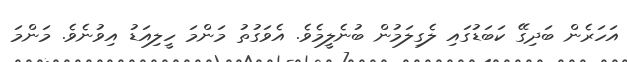
އަހަރެން ބަދިގޭ ކަބަޑުގައި ލެގިލަމުން ބުނެލީމެވެ. އެވަގުތު މަންމަ ހީލިއަޑު އިވުނެވެ. މަންމަ